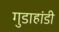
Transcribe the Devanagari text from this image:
गुडाहांडी